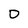
Character: 0